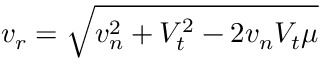
v _ { r } = \sqrt { v _ { n } ^ { 2 } + V _ { t } ^ { 2 } - 2 v _ { n } V _ { t } \mu }